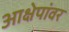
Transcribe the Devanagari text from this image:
आक्षेपांवर